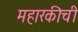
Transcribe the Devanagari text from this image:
महारकीची